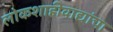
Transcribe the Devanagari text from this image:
लोकशाहीवाद्यांचा